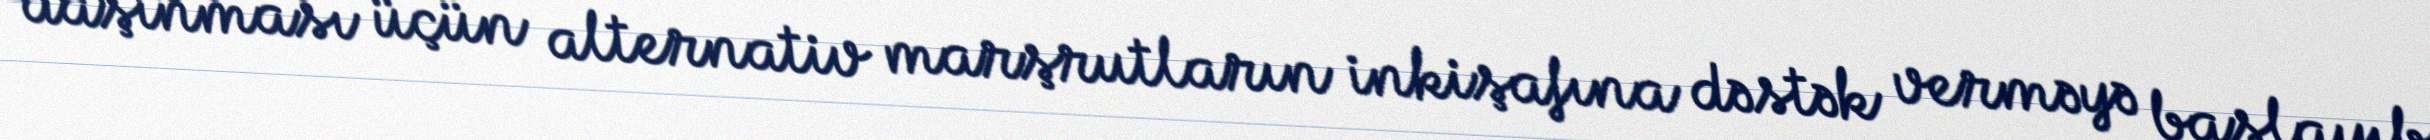
daşınması üçün alternativ marşrutların inkişafına dəstək verməyə başlayıb.